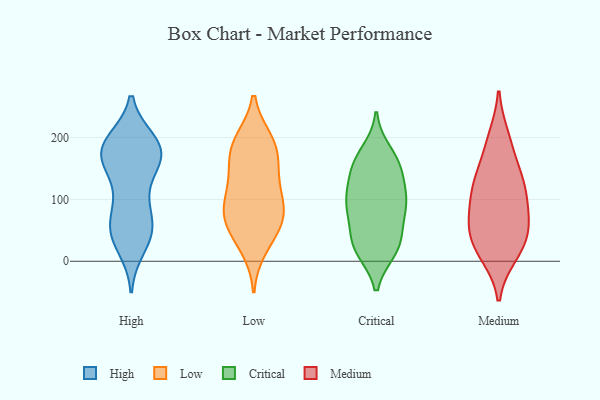
{"axis": {"x": "Operating Costs (USD K)", "y": "Value"}, "legend": ["Critical", "High", "Low", "Medium"], "data": [{"x": "", "y": 50, "type": "High"}, {"x": "", "y": 167, "type": "High"}, {"x": "", "y": 163, "type": "High"}, {"x": "", "y": 169, "type": "High"}, {"x": "", "y": 192, "type": "High"}, {"x": "", "y": 112, "type": "High"}, {"x": "", "y": 65, "type": "High"}, {"x": "", "y": 51, "type": "High"}, {"x": "", "y": 25, "type": "High"}, {"x": "", "y": 187, "type": "High"}, {"x": "", "y": 103, "type": "High"}, {"x": "", "y": 180, "type": "High"}, {"x": "", "y": 179, "type": "High"}, {"x": "", "y": 53, "type": "High"}, {"x": "", "y": 173, "type": "High"}, {"x": "", "y": 44, "type": "High"}, {"x": "", "y": 183, "type": "High"}, {"x": "", "y": 65, "type": "Low"}, {"x": "", "y": 180, "type": "Low"}, {"x": "", "y": 116, "type": "Low"}, {"x": "", "y": 194, "type": "Low"}, {"x": "", "y": 75, "type": "Low"}, {"x": "", "y": 84, "type": "Low"}, {"x": "", "y": 22, "type": "Low"}, {"x": "", "y": 195, "type": "Low"}, {"x": "", "y": 68, "type": "Low"}, {"x": "", "y": 148, "type": "Low"}, {"x": "", "y": 43, "type": "Low"}, {"x": "", "y": 93, "type": "Low"}, {"x": "", "y": 176, "type": "Low"}, {"x": "", "y": 132, "type": "Low"}, {"x": "", "y": 92, "type": "Critical"}, {"x": "", "y": 158, "type": "Critical"}, {"x": "", "y": 63, "type": "Critical"}, {"x": "", "y": 145, "type": "Critical"}, {"x": "", "y": 22, "type": "Critical"}, {"x": "", "y": 100, "type": "Critical"}, {"x": "", "y": 20, "type": "Critical"}, {"x": "", "y": 95, "type": "Critical"}, {"x": "", "y": 26, "type": "Critical"}, {"x": "", "y": 18, "type": "Critical"}, {"x": "", "y": 176, "type": "Critical"}, {"x": "", "y": 82, "type": "Critical"}, {"x": "", "y": 41, "type": "Critical"}, {"x": "", "y": 153, "type": "Critical"}, {"x": "", "y": 159, "type": "Critical"}, {"x": "", "y": 115, "type": "Critical"}, {"x": "", "y": 101, "type": "Critical"}, {"x": "", "y": 200, "type": "Medium"}, {"x": "", "y": 47, "type": "Medium"}, {"x": "", "y": 191, "type": "Medium"}, {"x": "", "y": 53, "type": "Medium"}, {"x": "", "y": 145, "type": "Medium"}, {"x": "", "y": 23, "type": "Medium"}, {"x": "", "y": 128, "type": "Medium"}, {"x": "", "y": 11, "type": "Medium"}, {"x": "", "y": 15, "type": "Medium"}, {"x": "", "y": 78, "type": "Medium"}, {"x": "", "y": 76, "type": "Medium"}, {"x": "", "y": 106, "type": "Medium"}, {"x": "", "y": 114, "type": "Medium"}, {"x": "", "y": 51, "type": "Medium"}, {"x": "", "y": 133, "type": "Medium"}]}